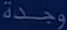
وجدة